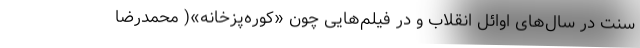
سنت در سال‌های اوائل انقلاب و در فیلم‌هایی چون «کوره‌پزخانه»( محمدرضا